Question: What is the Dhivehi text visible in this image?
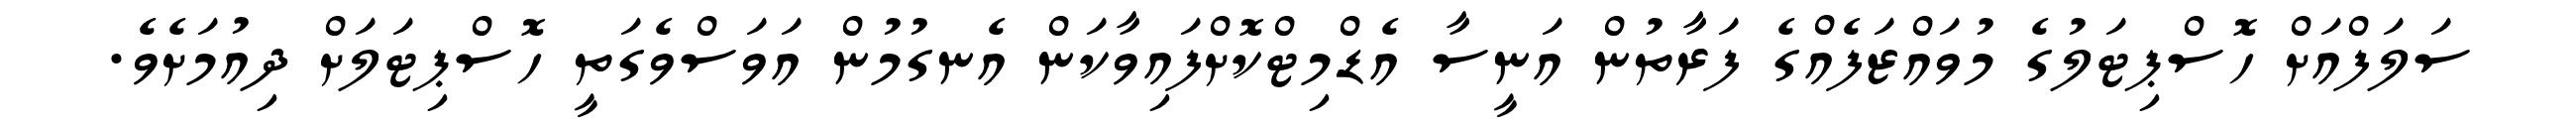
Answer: ސަލަފްއަށް ހޮސްޕިޓަލުގެ މުވައްޒަފެއްގެ ފަރާތުން އަނީސާ އެޑްމިޓްކޮށްފައިވާކަން އެނގުމުން އަވަސްވެގަތީ ހޮސްޕިޓަލަށް ދިއުމަށެވެ.